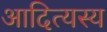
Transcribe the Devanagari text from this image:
आदित्यस्य